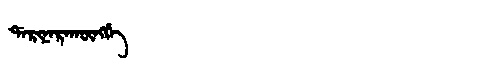
Manchu: ᡩᠠᡵᡳᠨᠠᡵᠠᡴᡡᠩᡤᡝ
Romanization: DARINARAKŪNGGE